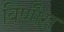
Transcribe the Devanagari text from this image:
विणीस